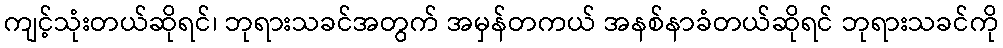
ကျင့်သုံးတယ်ဆိုရင်၊ ဘုရားသခင်အတွက် အမှန်တကယ် အနစ်နာခံတယ်ဆိုရင် ဘုရားသခင်ကို